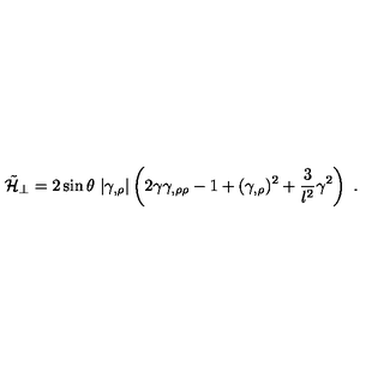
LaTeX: \tilde { { \cal H } } _ { \perp } = 2 \sin \theta \ | \gamma _ { , \rho } | \left( 2 \gamma \gamma _ { , \rho \rho } - 1 + ( \gamma _ { , \rho } ) ^ { 2 } + \frac { 3 } { l ^ { 2 } } \gamma ^ { 2 } \right) \ .